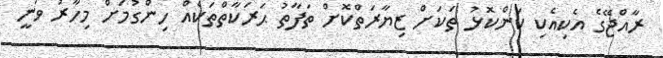
ރާއްޖޭގެ އެކިއެކި ކަންކޮޅު ތަކަށް ޒިޔާރަތްކޮށް ތަފާތު ޙަރަކާތްތަކެއް ހިންގުމަށް މިހާރު ވަނީ